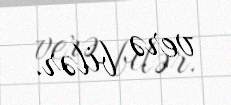
verə bilər.